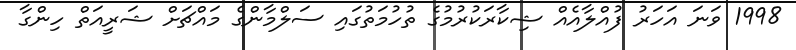
1998 ވަނަ އަހަރު ފުއްލާއެއް ޝިކާރަކުރުމުގެ ތުހުމަތުގައި ސަލްމާންގެ މައްޗަށް ޝަރީއަތް ހިންގާ